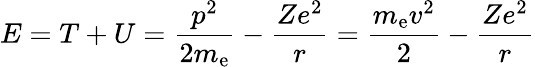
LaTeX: E=T+U={\frac{p^{2}}{2m_{\mathrm{{e}}}}}-{\frac{Ze^{2}}{r}}={\frac{m_{\mathrm{{e}}}v^{2}}{2}}-{\frac{Ze^{2}}{r}}